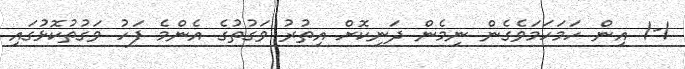
1-1 އިން ހަމަހަމަވެގެން ނިމެން ދަނިކޮށް އިތުރު ވަގުތުގެ އެންމެ ފަހު ވަގުތުކޮޅުގައި